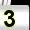
Digit: 3